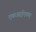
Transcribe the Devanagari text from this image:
एफआईएफए